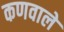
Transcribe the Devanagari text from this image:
कणवाले